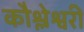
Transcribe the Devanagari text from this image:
कौश्लेश्वरी